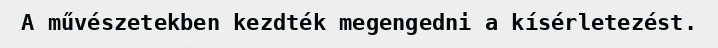
A művészetekben kezdték megengedni a kísérletezést.